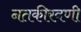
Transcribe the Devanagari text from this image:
नतकीरवणी